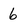
Character: 6